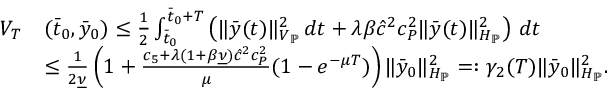
\begin{array} { r l } { V _ { T } } & { ( \bar { t } _ { 0 } , \bar { y } _ { 0 } ) \leq \frac { 1 } { 2 } \int _ { \bar { t } _ { 0 } } ^ { \bar { t } _ { 0 } + T } \left( \| \bar { y } ( t ) \| _ { V _ { \mathbb { P } } } ^ { 2 } \, d t + \lambda \beta \hat { c } ^ { 2 } c _ { P } ^ { 2 } \| \bar { y } ( t ) \| _ { H _ { \mathbb { P } } } ^ { 2 } \right) \, d t } \\ & { \leq \frac { 1 } { 2 \underline { { \nu } } } \left( 1 + \frac { c _ { 5 } + \lambda ( 1 + \beta \underline { { \nu } } ) \hat { c } ^ { 2 } c _ { P } ^ { 2 } } { \mu } ( 1 - e ^ { - \mu T } ) \right) \| \bar { y } _ { 0 } \| _ { H _ { \mathbb { P } } } ^ { 2 } = : \gamma _ { 2 } ( T ) \| \bar { y } _ { 0 } \| _ { H _ { \mathbb { P } } } ^ { 2 } . } \end{array}